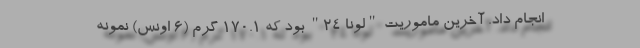
انجام داد. آخرین ماموریت "لونا ۲۴" بود که ۱۷۰.۱ گرم (۶ اونس) نمونه